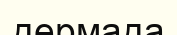
дермада